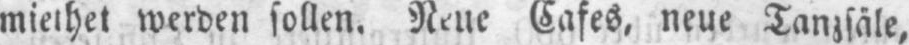
miethet werden sollen. Neue Cafes, neue Tanzsäle,